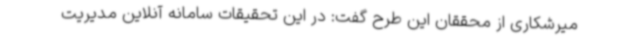
میرشکاری از محققان این طرح گفت: در این تحقیقات سامانه آنلاین مدیریت